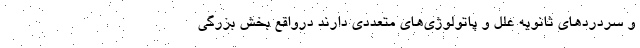
و سردردهای ثانویه علل و پاتولوژی‌های متعددی دارند درواقع بخش بزرگی